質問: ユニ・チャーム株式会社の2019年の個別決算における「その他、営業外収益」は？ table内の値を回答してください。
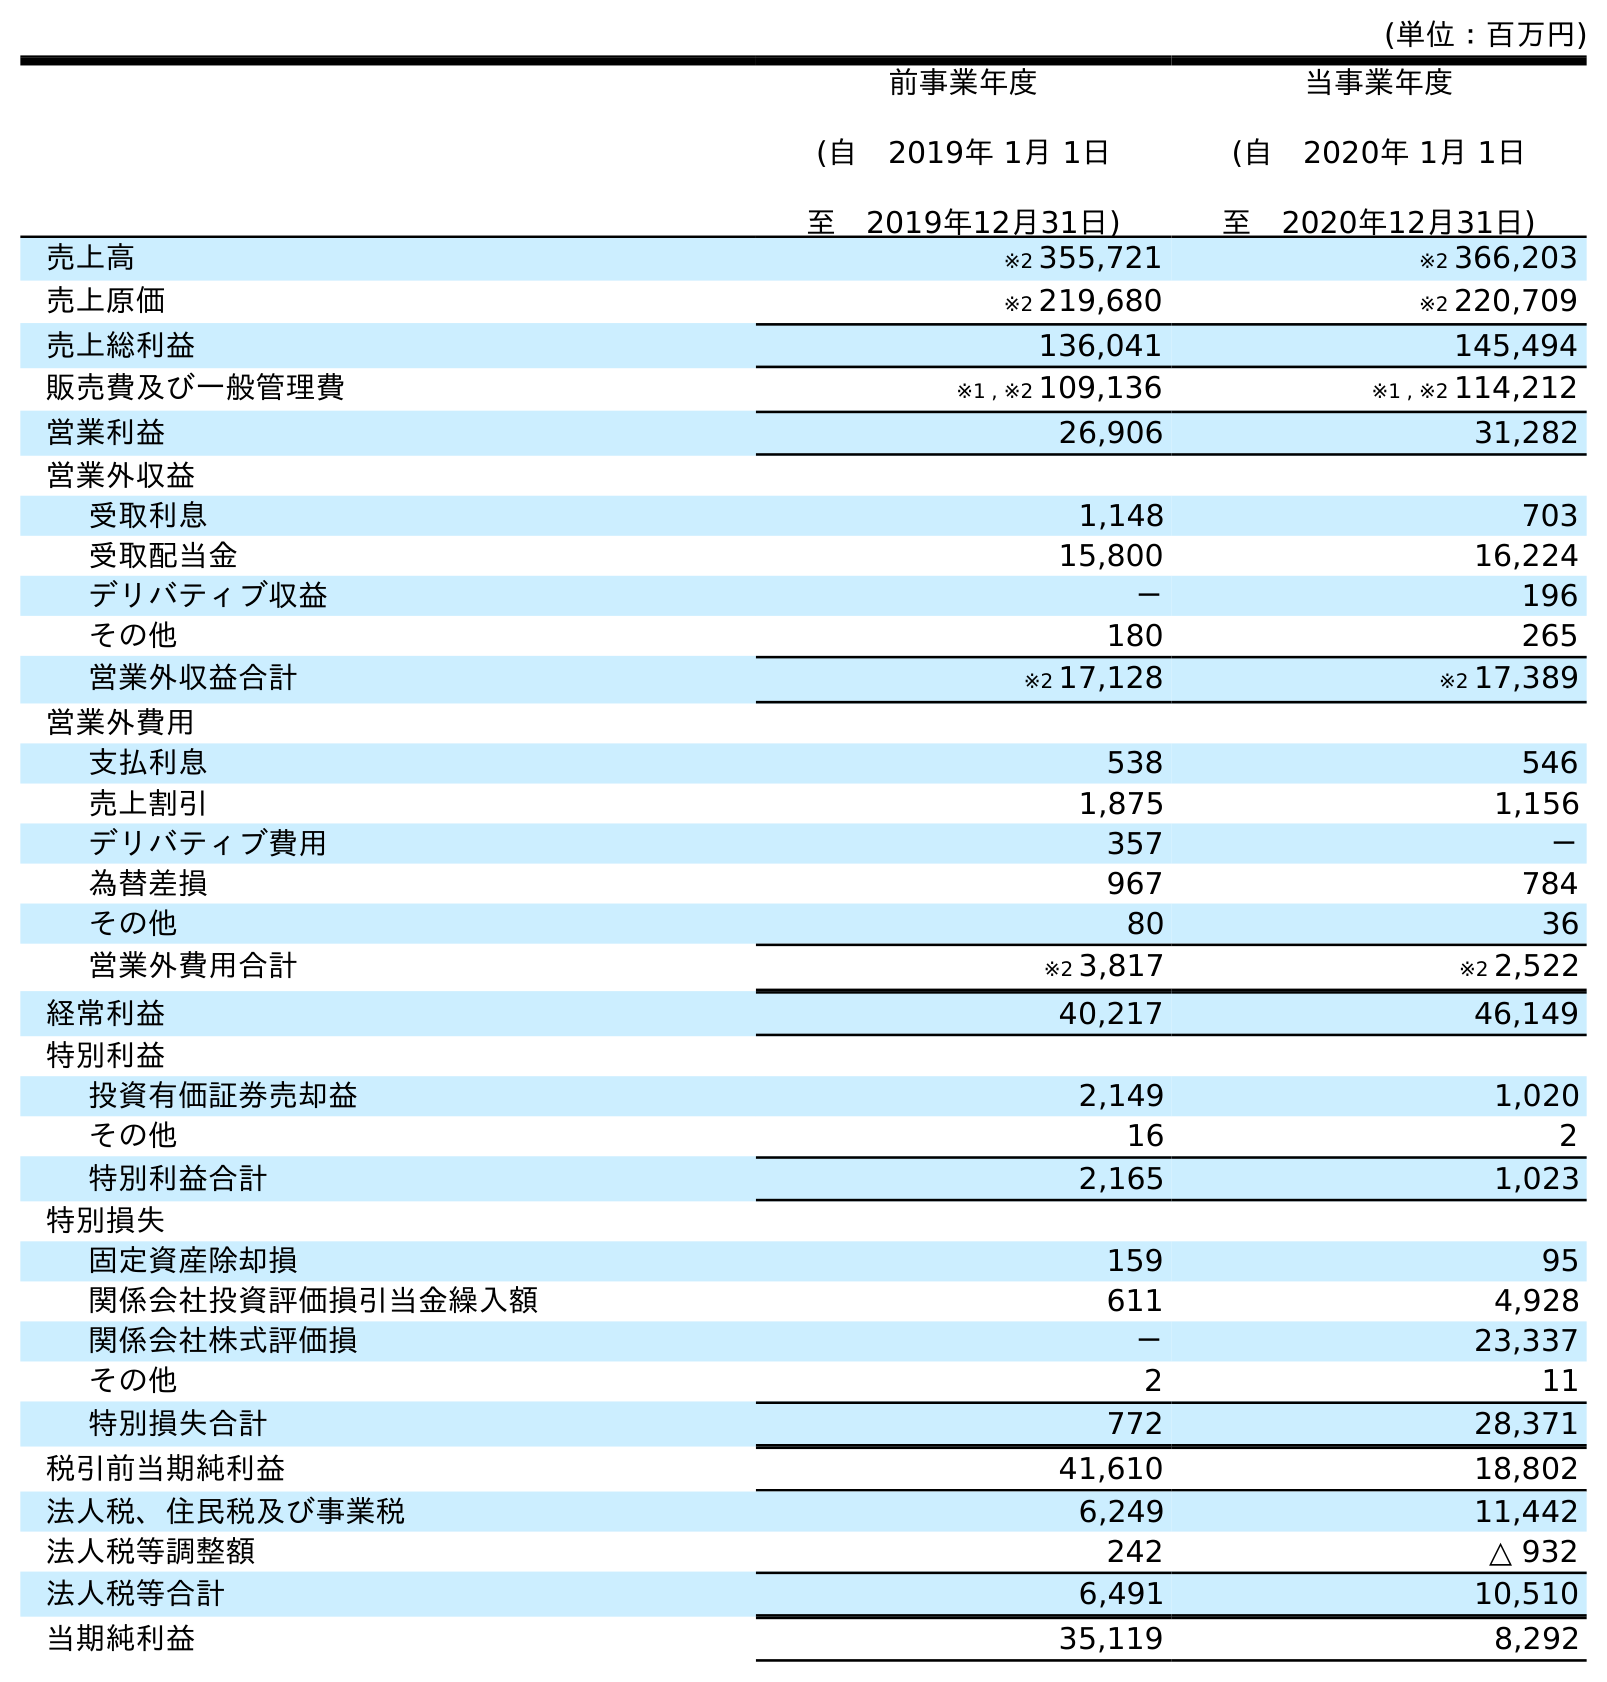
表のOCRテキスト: (単位：百万円) 前事業年度 (自 2019年 1月 1日 至 2019年12月31日) 当事業年度 (自 2020年 1月 1日 至 2020年12月31日) 売上高 ※2 355,721 ※2 366,203 売上原価 ※2 219,680 ※2 220,709 売上総利益 136,041 145,494 販売費及び一般管理費 ※1 , ※2 109,136 ※1 , ※2 114,212 営業利益 26,906 31,282 営業外収益 受取利息 1,148 703 受取配当金 15,800 16,224 デリバティブ収益 － 196 その他 180 265 営業外収益合計 ※2 17,128 ※2 17,389 営業外費用 支払利息 538 546 売上割引 1,875 1,156 デリバティブ費用 357 － 為替差損 967 784 その他 80 36 営業外費用合計 ※2 3,817 ※2 2,522 経常利益 40,217 46,149 特別利益 投資有価証券売却益 2,149 1,020 その他 16 2 特別利益合計 2,165 1,023 特別損失 固定資産除却損 159 95 関係会社投資評価損引当金繰入額 611 4,928 関係会社株式評価損 － 23,337 その他 2 11 特別損失合計 772 28,371 税引前当期純利益 41,610 18,802 法人税、住民税及び事業税 6,249 11,442 法人税等調整額 242 △ 932 法人税等合計 6,491 10,510 当期純利益 35,119 8,292
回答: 180